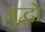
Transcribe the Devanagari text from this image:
मुद्धो